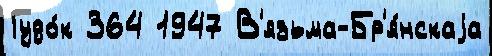
Гудо́к 364 1947 В'язьма-Бр'я́нскаjа